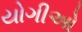
યોગીઓ